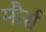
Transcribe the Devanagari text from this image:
मौर्स